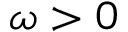
\omega > 0